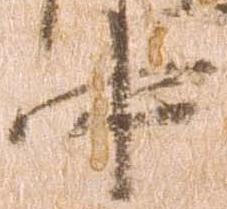
中